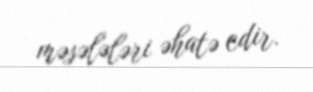
məsələləri əhatə edir.